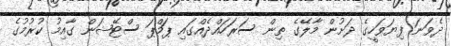
ދެވަނަ ފިޔަވަހީގެ ދަށުން މާލޭގެ ތިން ސަރަހައްދެއްގައި ޕަމްޕަ ސްޓޭޝަން ގާއިމު ކުރުމުގެ